Scottish Leaving Certificate Examination, 1956
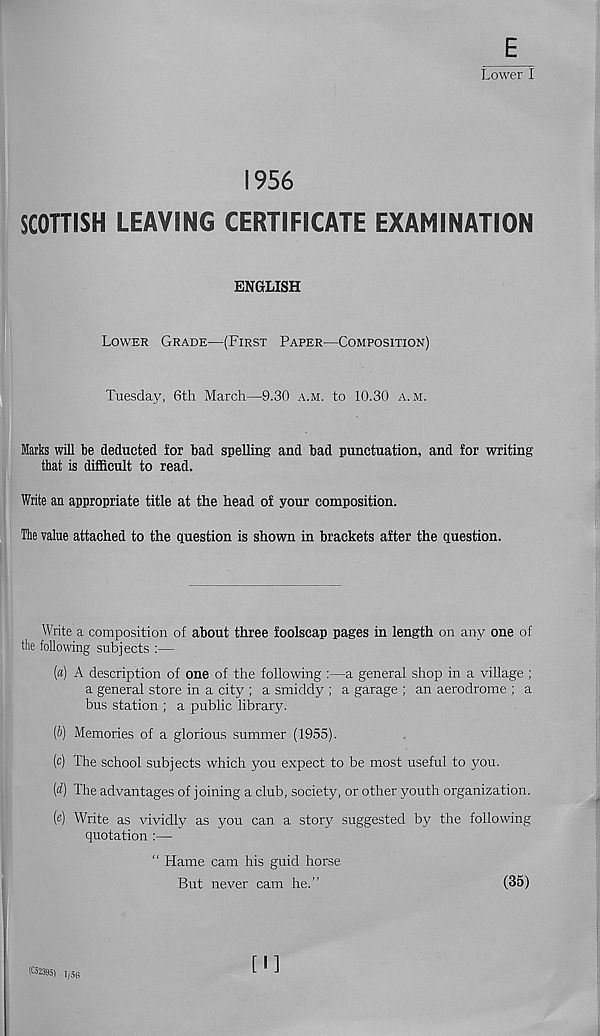
E
Lower I
1956
SCOTTISH LEAVING CERTIFICATE EXAMINATION
ENGLISH
LOWER GRADE—(FIRST PAPER—COMPOSITION)
Tuesday, 6th March—9.30 A.M. to 10.30 A. M.
Marks will be deducted for bad spelling and bad punctuation, and for writing
that is difficult to read.
Write an appropriate title at the head of your composition.
The value attached to the question is shown in brackets after the question.
Write a composition of about three foolscap pages in length on any one of
the following subjects :—
(a) A description of one of the following :—a general shop in a village ;
a general store in a city ; a smiddy ; a garage ; an aerodrome ; a
bus station ; a public library.
(b) Memories of a glorious summer (1955).
(c) The school subjects which you expect to be most useful to you.
(d) The advantages of joining a club, society, or other youth organization.
(e) Write as vividly as you can a story suggested by the following
quotation :—
" Hame cam his guid horse
But never cam he.”
(35)
(<32395) 1(56
[I]